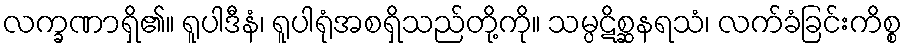
လက္ခဏာရှိ၏။ ရူပါဒီနံ၊ ရူပါရုံအစရှိသည်တို့ကို။ သမ္ပဋိစ္ဆနရသံ၊ လက်ခံခြင်းကိစ္စ